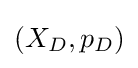
\left(X_{D},p_{D}\right)